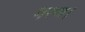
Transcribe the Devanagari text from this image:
मरण।